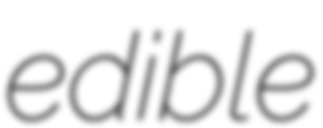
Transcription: edible